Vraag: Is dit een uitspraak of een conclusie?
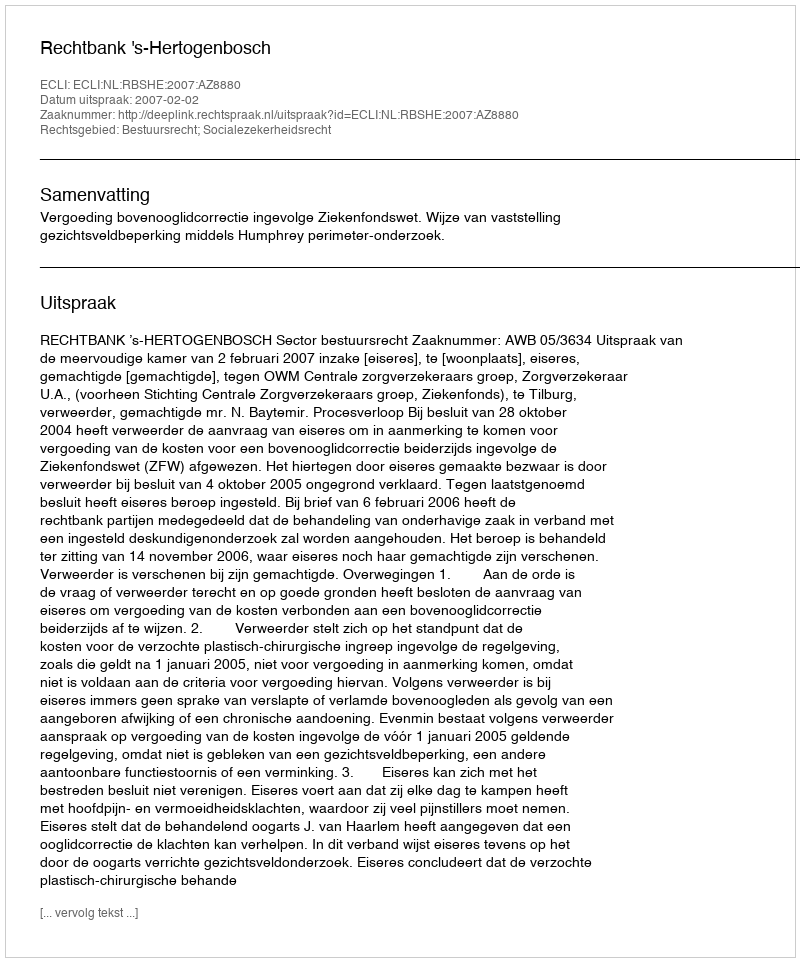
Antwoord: Uitspraak